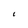
Character: 1